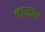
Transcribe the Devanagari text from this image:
वाजात